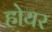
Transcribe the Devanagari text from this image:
होयर